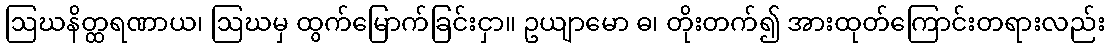
ဩဃနိတ္ထရဏာယ၊ ဩဃမှ ထွက်မြောက်ခြင်းငှာ။ ဥယျာမော ဓ၊ တိုးတက်၍ အားထုတ်ကြောင်းတရားလည်း